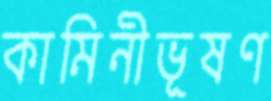
কামিনীভূষণ